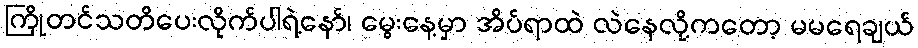
ကြိုတင်သတိပေးလိုက်ပါရဲ့နော်၊ မွေးနေ့မှာ အိပ်ရာထဲ လဲနေလို့ကတော့ မမရေချယ်